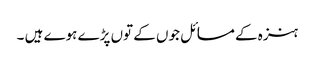
ہنزہ کے مسائل جوں کے توں پڑے ہوے ہیں ۔